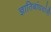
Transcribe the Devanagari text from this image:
ज्ञातिबांधवांनी